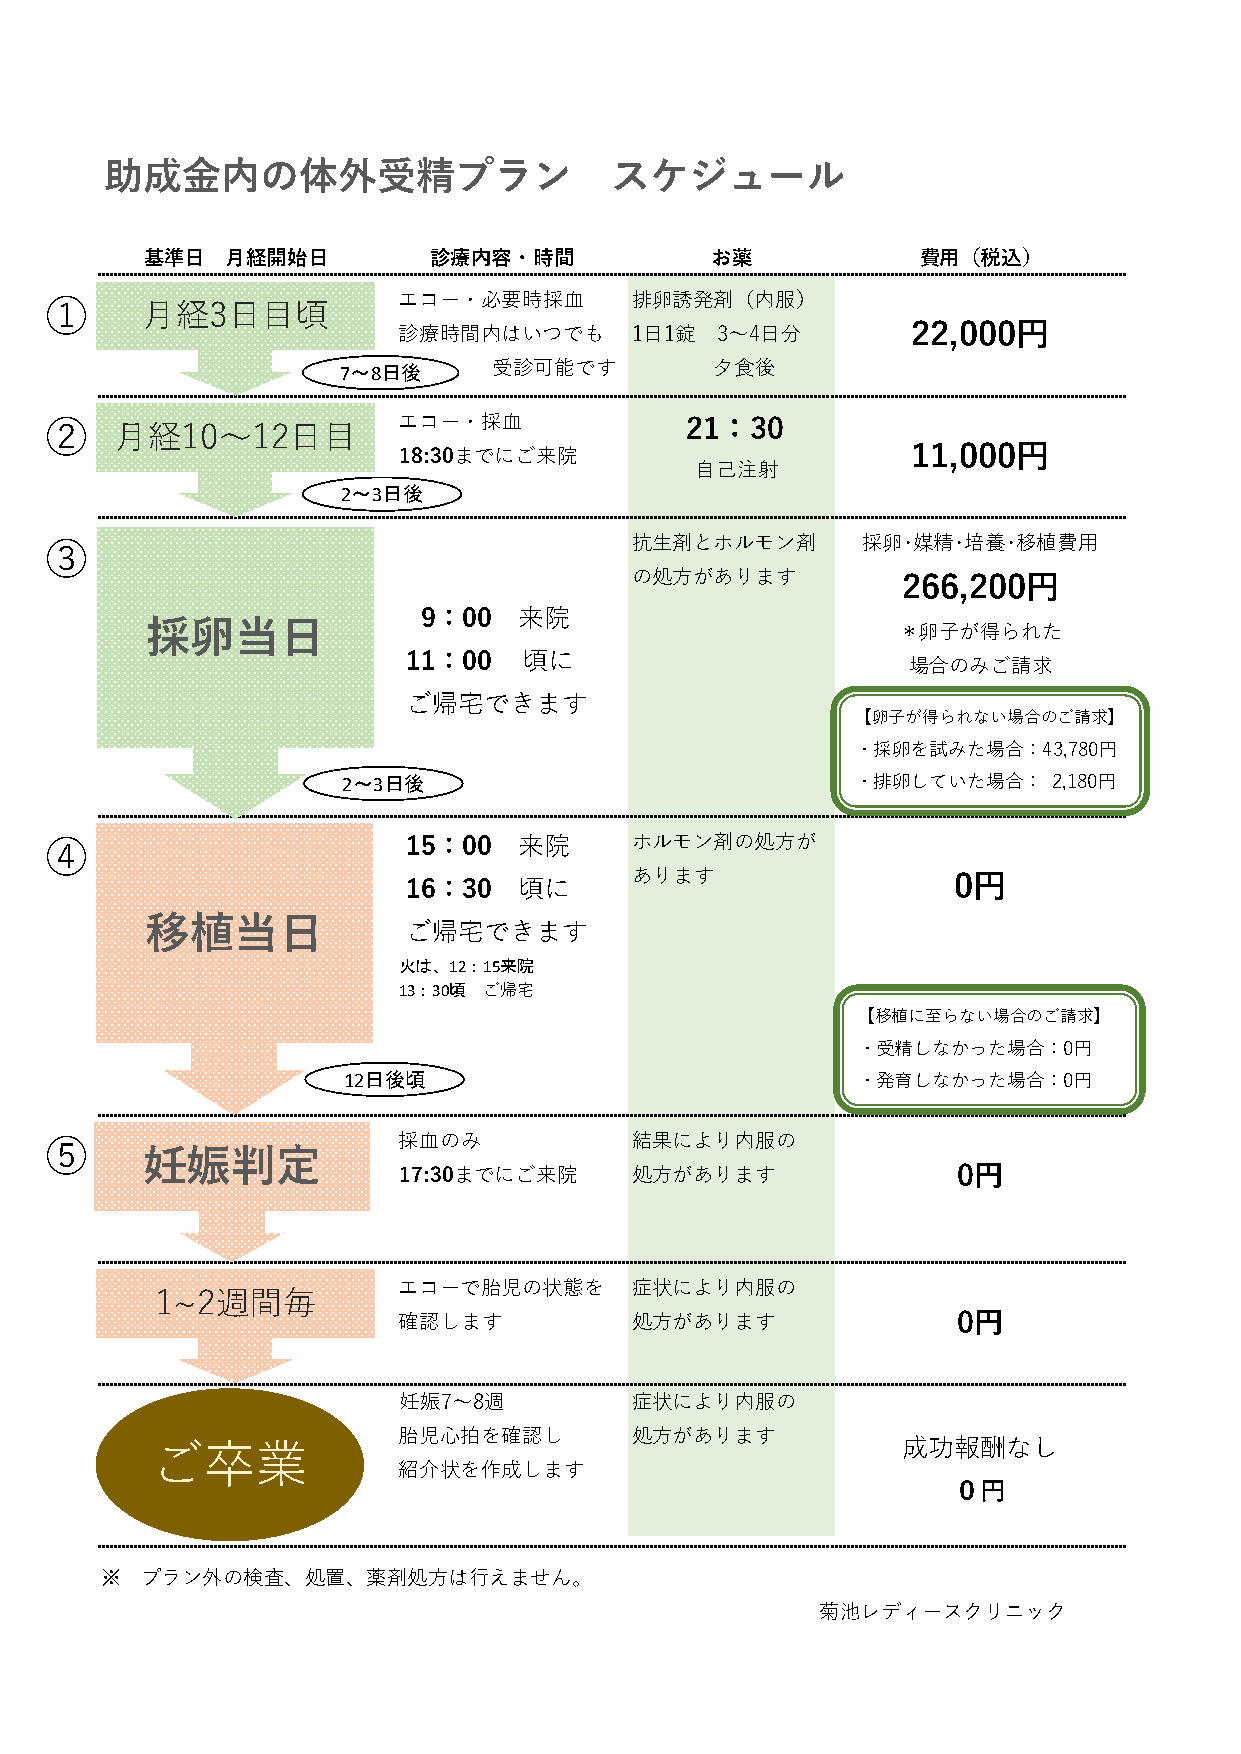
助成金内の体外受精プラン                     スケジュール
 基準日  月経開始日        診療内容・時間            お薬            費用（税込）
 ①     月経3日目頃           エコー・必要時採血       排卵誘発剤（内服）
 22,000円
 診療時間内はいつでも      1日1錠 3～4日分
 7～8 日 後    受診可能です        夕食後
 ②    月経10～12日目         エコー・採血             21：30
 11,000円
 18:30までにご来院
 自己注射
 2～3 日後
 ③                                      抗生剤とホルモン剤      採卵･媒精･培養･移植費用
 の処方があります          266,200円
 9：00  来院
 採卵当日
 ＊卵子が得られた
 11：00   頃に
 場合のみご請求
 ご帰宅できます
 【卵子が得られない場合のご請求】
 ・採卵を試みた場合：43,780円
 2～3日後                             ・排卵していた場合：   2,180円
 ④                       15：00  来院      ホルモン剤の処方が
 あります                 0円
 16：30  頃に
 移植当日
 ご帰宅できます
 火は、12：15来院
 13：30頃 ご帰宅
 【移植に至らない場合のご請求】
 ・受精しなかった場合：0円
 12日後頃                             ・発育しなかった場合：0円
 ⑤                      採血のみ            結果により内服の
 妊娠判定
 17:30までにご来院     処方があります              0円
 エコーで胎児の状態を      症状により内服の
 1~2週間毎
 確認します           処方があります              0円
 妊娠7～8週          症状により内服の
 胎児心拍を確認し        処方があります
 ご卒業                                               成功報酬なし
 紹介状を作成します
 ０円
 ※ プラン外の検査、処置、薬剤処方は行えません。
 菊池レディースクリニック